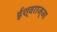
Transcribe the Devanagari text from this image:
ईश्वराज्ञा